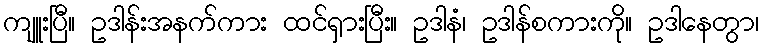
ကျူးပြီ။ ဥဒါန်းအနက်ကား ထင်ရှားပြီး။ ဥဒါနံ၊ ဥဒါန်စကားကို။ ဥဒါနေတွာ၊